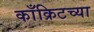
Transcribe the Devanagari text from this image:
काँक्रिटच्या